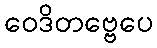
ဝေဒိတဗ္ဗေပေ